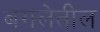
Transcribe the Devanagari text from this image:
बगलेतील